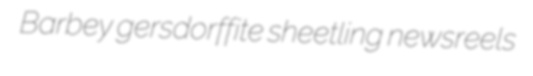
Barbey gersdorffite sheetling newsreels